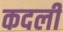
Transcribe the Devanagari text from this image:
कदलीं